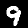
Label: 9